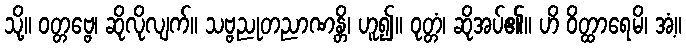
သို့။ ဝတ္တဗ္ဗေ၊ ဆိုလိုလျက်။ သဗ္ဗညုတညာဏန္တိ၊ ဟူ၍။ ဝုတ္တံ၊ ဆိုအပ်၏။ ဟိ ဝိတ္ထာရေမိ၊ အံ့။